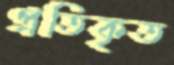
প্রতিকৃত